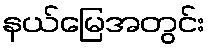
နယ်မြေအတွင်း